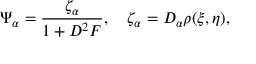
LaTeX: \Psi _ { \alpha } = { \frac { \zeta _ { \alpha } } { 1 + D ^ { 2 } { \cal F } } } , \quad \zeta _ { \alpha } = D _ { \alpha } \rho ( \xi , \eta ) ,